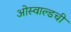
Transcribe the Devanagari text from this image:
ओस्वाल्डची